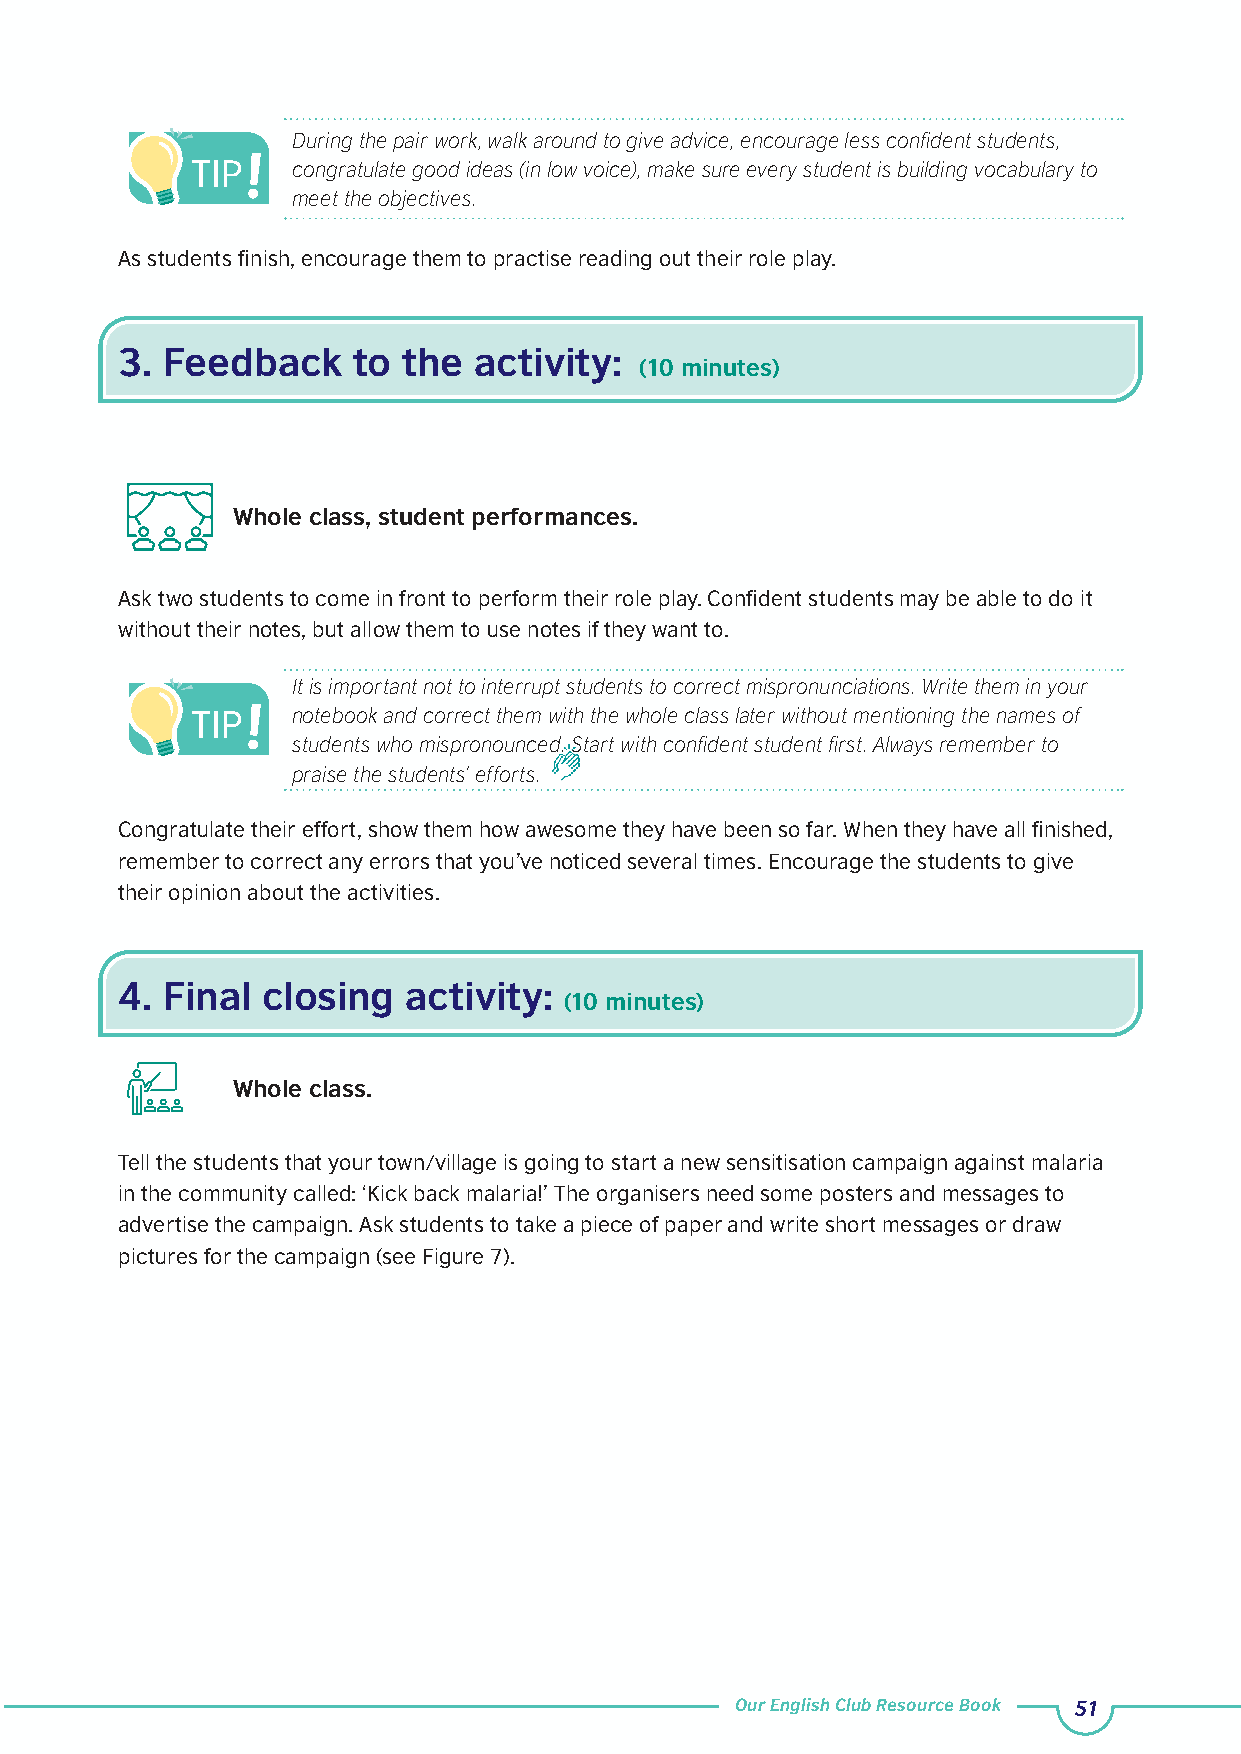
During the pair work, walk around to give advice, encourage less confident students,
 congratulate good ideas (in low voice), make sure every student is building vocabulary to
 meet the objectives.
 As students finish, encourage them to practise reading out their role play.
 3. Feedback    to  the activity:
 (10 minutes)
 Whole class, student performances.
 Ask two students to come in front to perform their role play. Confident students may be able to do it
 without their notes, but allow them to use notes if they want to.
 It is important not to interrupt students to correct mispronunciations. Write them in your
 notebook and correct them with the whole class later without mentioning the names of
 students who mispronounced. Start with confident student first. Always remember to
 praise the students’ efforts.
 Congratulate their effort, show them how awesome they have been so far. When they have all finished,
 remember to correct any errors that you’ve noticed several times. Encourage the students to give
 their opinion about the activities.
 4. Final closing   activity:
 (10 minutes)
 Whole class.
 Tell the students that your town/village is going to start a new sensitisation campaign against malaria
 in the community called: ‘Kick back malaria!’ The organisers need some posters and messages to
 advertise the campaign. Ask students to take a piece of paper and write short messages or draw
 pictures for the campaign (see Figure 7).
 Our English Club Resource Book 51